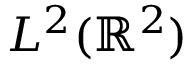
L ^ { 2 } ( \mathbb { R } ^ { 2 } )